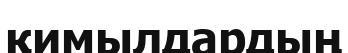
қимылдардың